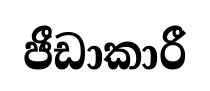
ජීඩාකාරී